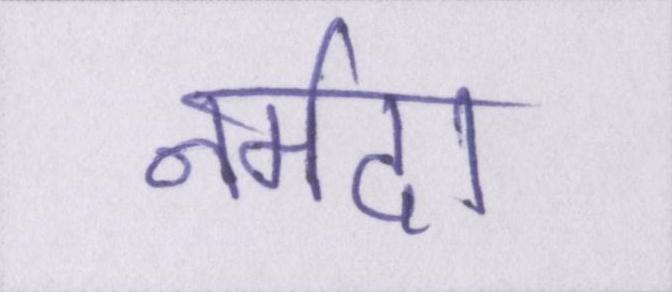
नर्मदा